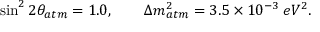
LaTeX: \sin ^ { 2 } 2 \theta _ { a t m } = 1 . 0 , \qquad \Delta m _ { a t m } ^ { 2 } = 3 . 5 \times 1 0 ^ { - 3 } \; e V ^ { 2 } .